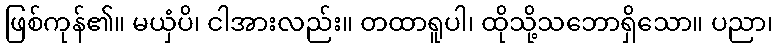
ဖြစ်ကုန်၏။ မယှံပိ၊ ငါအားလည်း။ တထာရူပါ၊ ထိုသို့သဘောရှိသော။ ပညာ၊